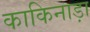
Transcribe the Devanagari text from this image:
काकिनाड़ा